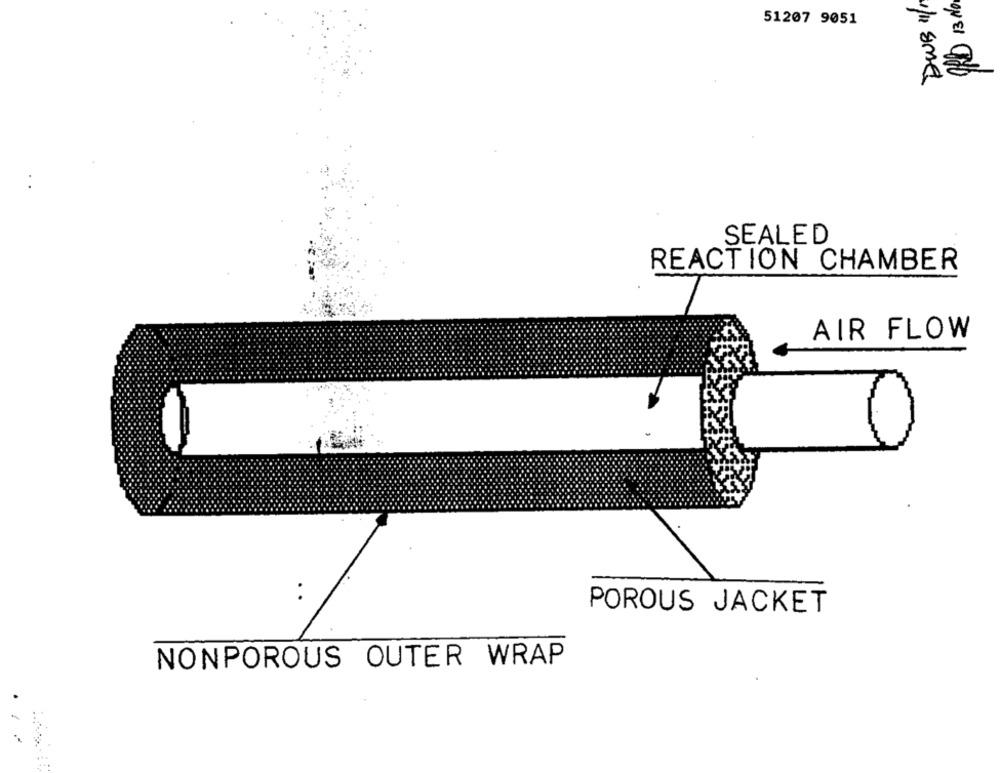
ORD 13 No
51207 9051
SEALED
REACTION CHAMBER
AIR FLOW
POROUS JACKET
NONPOROUS OUTER WRAP